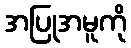
အပြုအမူကို